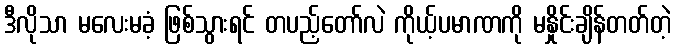
ဒီလိုသာ မလေးမခံ့ ဖြစ်သွားရင် တပည့်တော်လဲ ကိုယ့်ပမာဏကို မနှိုင်းချိန်တတ်တဲ့